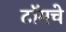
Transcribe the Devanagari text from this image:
टॉमचे